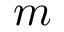
m